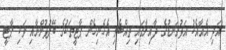
އަދި އެއާއެކު އަޅުގަނޑުގެ ދާއިރާގައި ތިއްބެވި އެހެނިހެން ޕާޓީތަކުގެ ބޭފުޅުންނާއި ވަކި ޕާޓީ